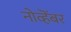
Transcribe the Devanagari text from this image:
नोव्हॆंबर